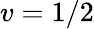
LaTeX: v=1/2